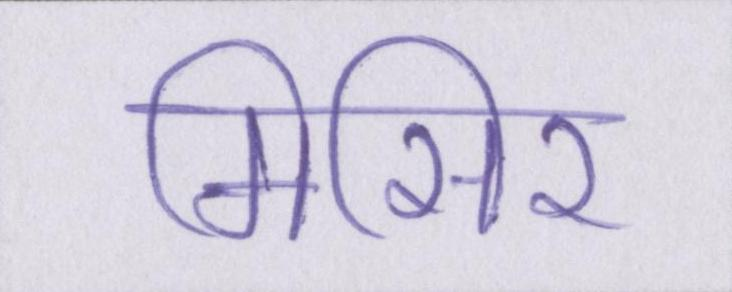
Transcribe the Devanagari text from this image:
मिसिर